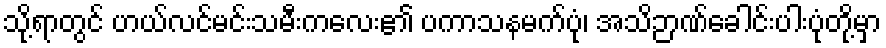
သို့ရာတွင် ဟယ်လင်မင်းသမီးကလေး၏ ပကာသနမက်ပုံ၊ အသိဉာဏ်ခေါင်းပါးပုံတို့မှာ